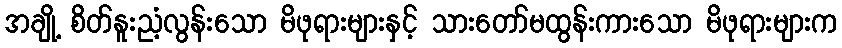
အချို့ စိတ်နူးညံ့လွန်းသော မိဖုရားများနှင့် သားတော်မထွန်းကားသော မိဖုရားများက